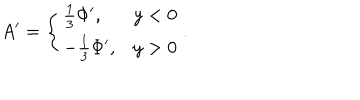
A ^ { \prime } = \left\{ \begin{array} { l l } { { \frac { 1 } { 3 } \Phi ^ { \prime } , } } & { { y < 0 } } \\ { { - \frac { 1 } { 3 } \Phi ^ { \prime } , } } & { { y > 0 } } \\ \end{array} \right. .